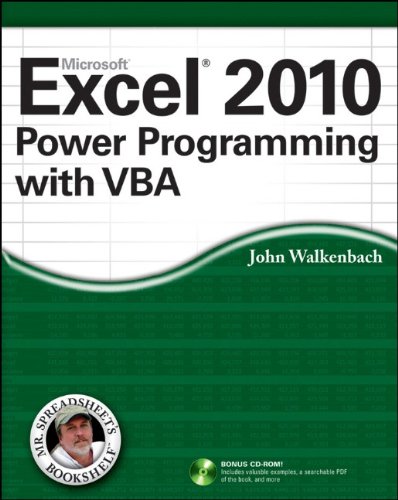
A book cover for Excel 2010 Power Programming with VBA; John Walkenbach; Computers & Technology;